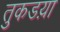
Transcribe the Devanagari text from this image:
तुकडय़ा